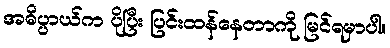
အဓိပ္ပာယ်က ပိုပြီး ပြင်းထန်နေတာကို မြင်ရမှာပါ။